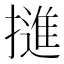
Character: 𭢜